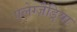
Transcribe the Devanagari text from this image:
एलेग्ज़ैंड्रिया